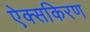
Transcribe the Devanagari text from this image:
ऐक्सकिरण